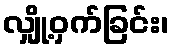
လျှို့ဝှက်ခြင်း၊